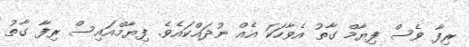
ރިފާ ވެސް ފިޔާމް ގާތު އެވާހަކަ އެއް ނުދައްކައެވެ. ފިޔާމްއައިސް ރިފާ ގާތު